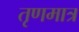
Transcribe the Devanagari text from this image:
तृणमात्र